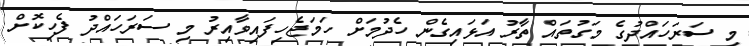
މި ސަރަހައްދުގެ މަގުތައް ތާރު އަޅައިގެން ހެދުމަށް ހަމަޖެހިފައިވާއިރު މި ސަރަހައްދު ފެހިކޮށް